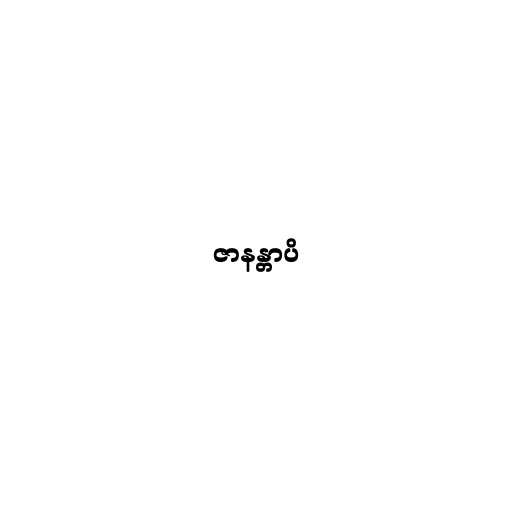
ဇာနန္တာပိ